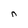
Character: n